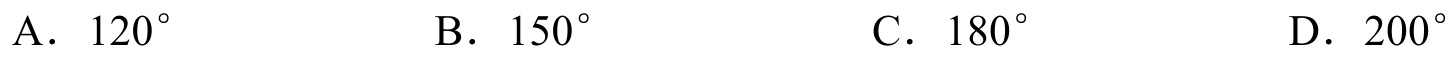
A．\(120^{\circ}\)  B．\(150^{\circ}\)  C．\(180^{\circ}\)  D．\(200^{\circ}\)